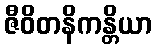
ဇီဝိတနိကန္တိယာ